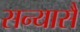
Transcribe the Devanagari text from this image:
सन्यासै